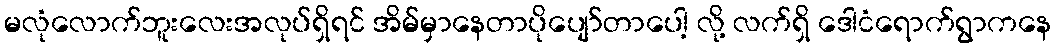
မလုံလောက်ဘူးလေးအလုပ်ရှိရင် အိမ်မှာနေတာပိုပျော်တာပေါ့ လို့ လက်ရှိ ဒေါငံရောက်ရွာကနေ